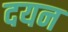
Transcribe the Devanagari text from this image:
दयन